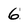
Character: 6